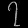
Digit: ၇